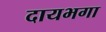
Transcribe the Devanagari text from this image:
दायभगा